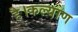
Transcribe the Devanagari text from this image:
है।कल्याण